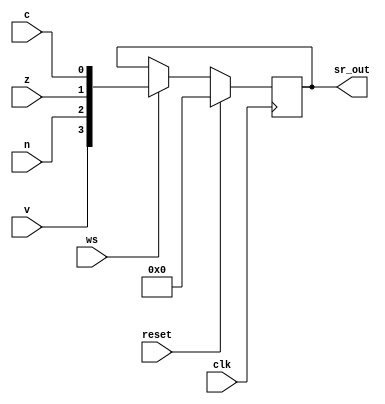
/*-----------------------------------------------------------------------------
   Este fichero es parte del procesador DAPA2014 diseado en la asignatura
   Diseo de Avanzado de Procesadores y Aplicaciones del 
   Master Universitario en Ingeniera de Computadores y Redes de la
   Universidad de Sevilla
   
   It is distributed under GNU General Public License
   See at http://www.gnu.org/licenses/gpl.html 
   Copyright (C) 2013 Paulino Ruiz de Clavijo Vzquez <paulino@dte.us.es>
   You can get more info at http://www.dte.us.es/id2
--------------------------------------------------------------------------------

   Fecha:     04-12-2013
   Revisin:  1

   Autor/es: Jos Carlos Hurtado
   Comentarios:
   
--*--------------------------------- End auto header, don't touch this line --*/
`timescale 1ns / 1ps

module sr_module(
   input clk,
   input reset,
   input v,
   input n,
   input z,
   input c,
   input ws,
   output reg[3:0] sr_out
   );
	
   always @(posedge clk) begin
      if (reset == 1)
         sr_out<= 4'b0000;
      else if (ws == 1)
         sr_out<= {v,n,z,c};
   end
endmodule